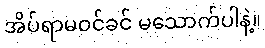
အိပ်ရာမဝင်ခင် မသောက်ပါနဲ့။